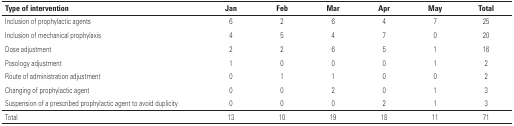
<table><thead><tr><td><b>Type of intervention</b></td><td><b>Jan</b></td><td><b>Feb</b></td><td><b>Mar</b></td><td><b>Apr</b></td><td><b>May</b></td><td><b>Total</b></td></tr></thead><tbody><tr><td>Inclusion of prophylactic agents</td><td>6</td><td>2</td><td>6</td><td>4</td><td>7</td><td>25</td></tr><tr><td>Inclusion of mechanical prophylaxis</td><td>4</td><td>5</td><td>4</td><td>7</td><td>0</td><td>20</td></tr><tr><td>Dose adjustment</td><td>2</td><td>2</td><td>6</td><td>5</td><td>1</td><td>16</td></tr><tr><td>Posology adjustment</td><td>1</td><td>0</td><td>0</td><td>0</td><td>1</td><td>2</td></tr><tr><td>Route of administration adjustment</td><td>0</td><td>1</td><td>1</td><td>0</td><td>0</td><td>2</td></tr><tr><td>Changing of prophylactic agent</td><td>0</td><td>0</td><td>2</td><td>0</td><td>1</td><td>3</td></tr><tr><td>Suspension of a prescribed prophylactic agent to avoid duplicity</td><td>0</td><td>0</td><td>0</td><td>2</td><td>1</td><td>3</td></tr><tr><td>Total</td><td>13</td><td>10</td><td>19</td><td>18</td><td>11</td><td>71</td></tr></tbody></table>